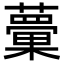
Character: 𧁣